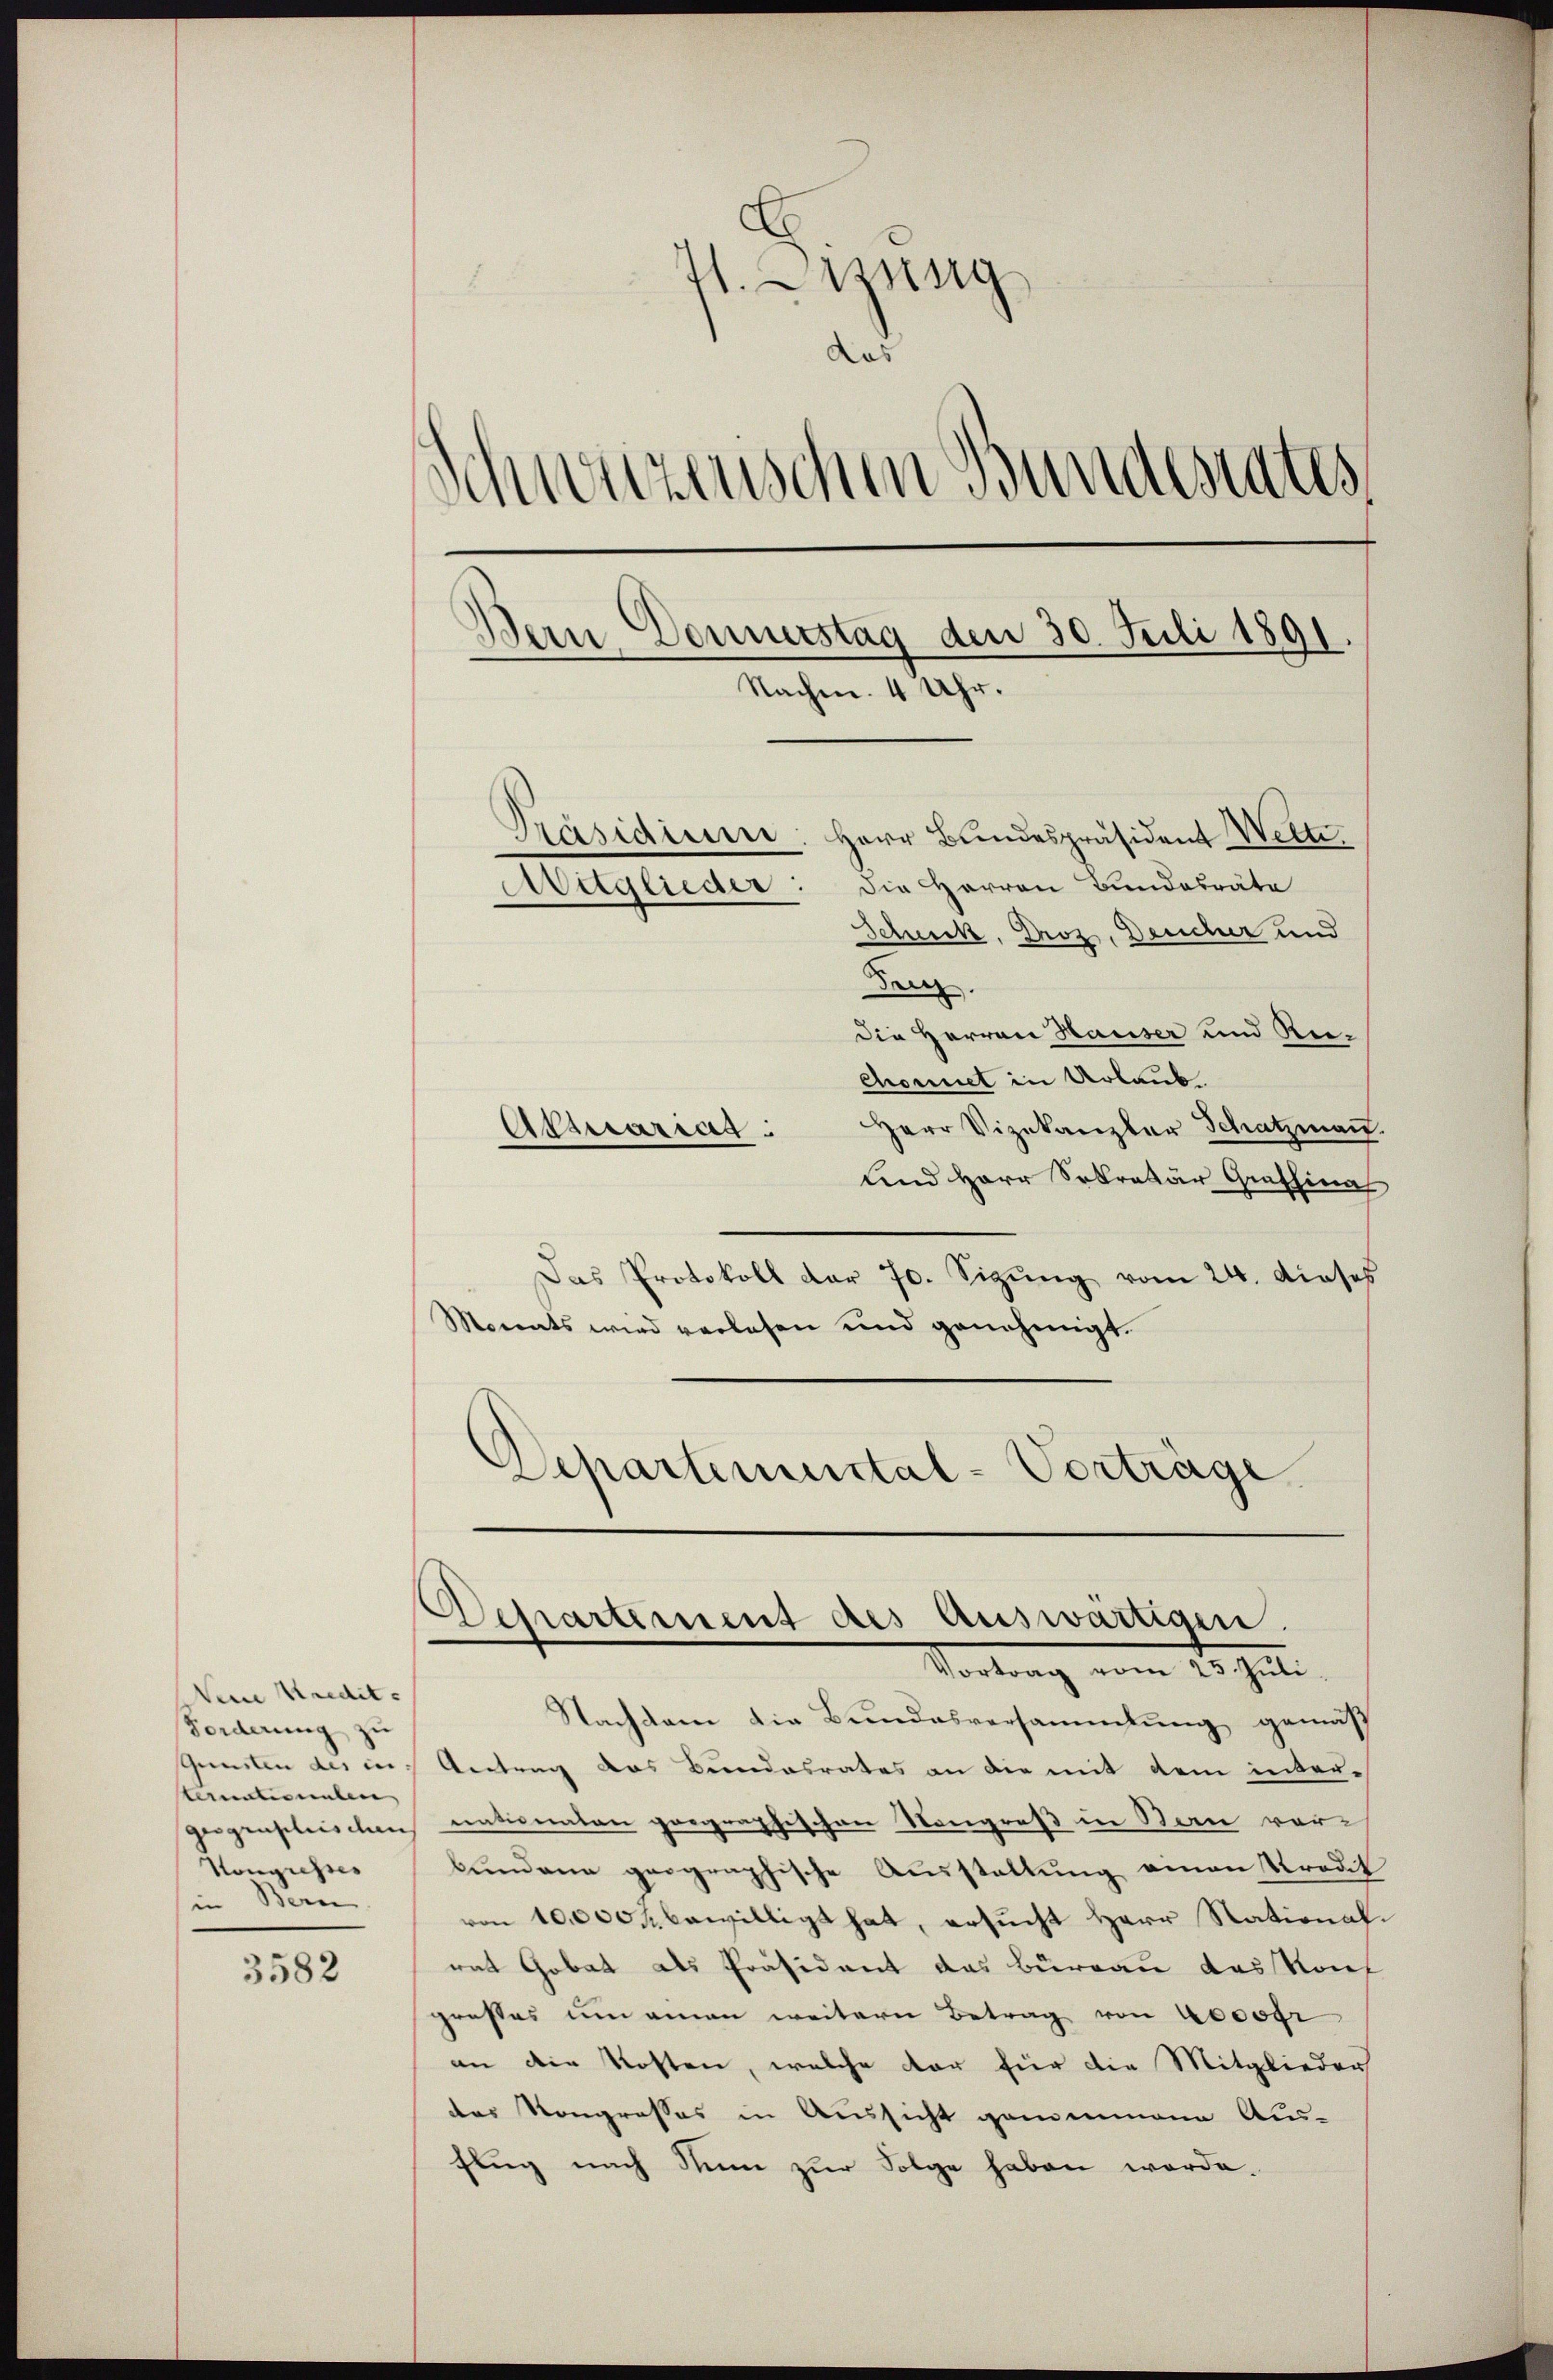
Veine Kredite
Forderung zu
Gunsten des in |
sternationalen
geograsiliis dan |
Hongresses
in Bern

3582

I. Sessing
.
schweizenschen Bundesrates
s
Bern Donnerstag den 30. Juli 1891.
Nachm. 4 Uhr.
Präsidieren: Herr Bundespräsident Welte,
die Herren Bundesräte
Auglieder
Schuck, Droz, Deucher und

den.
Die Herren Hauser und Rechonet in Urlaub.
Herr Vizekanzler Schatzmann.
Attuariag:
und Herr Sekretär Grashina
Das Protokoll der 70. Sizŭng vom 24. dieses
Morents wird verlesen und genehmigt.
Departemental-Vorträge

Nachdem die Bundesversammlung gemäs
Antrag das Bundesrates an die mit dem internationalen prographischen Songreß in Bau vorbundene geographische Ausstellung amon Predit
von 10000 f bewilligt hat, ersucht Herr Stationalrat Gobat als Präsident das Büreau das Konf
grosses um einen weitern Betrag von Recotr
an die Kosten, welche dar für die Mitglieder
das Kongrosses in Aussicht genommene Aus-
flug nach Nim zur Folge haben werde.

Departement des Auswärtigen.
Vortrag vom 28. Juli.